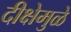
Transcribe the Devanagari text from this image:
दीक्षेमुळे